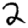
Digit: 2